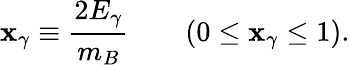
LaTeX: \mathbf{x}_{\gamma}\equiv\frac{{2E_{\gamma}}}{{m_{B}}}\qquad\left(0\leq\mathbf{x}_{\gamma}\leq1\right).